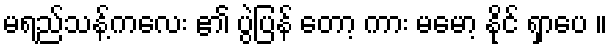
မရည်သန့်ကလေး ၏ ပွဲပြန် တော့ ကား မမော့ နိုင် ရှာပေ ။